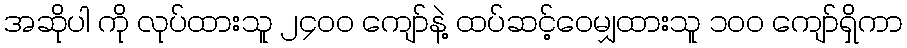
အဆိုပါ ကို လုပ်ထားသူ ၂၄၀၀ ကျော်နဲ့ ထပ်ဆင့်ဝေမျှထားသူ ၁၀၀ ကျော်ရှိကာ